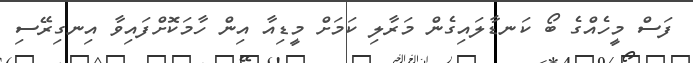
ފަސް މީހެއްގެ ބޯ ކަނޑާލައިގެން މަރާލި ކަމަށް މީޑިއާ އިން ހާމަކޮށްފައިވާ އިނގިރޭސި